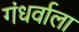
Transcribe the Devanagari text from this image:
गंधर्वाला